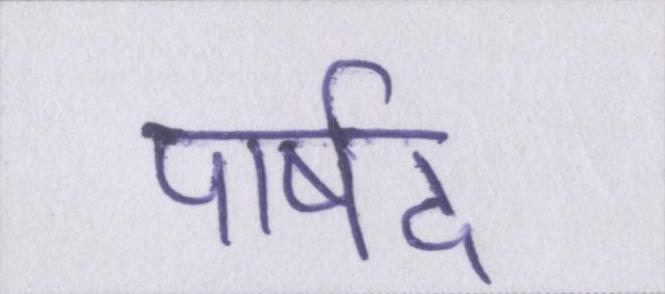
पार्षद